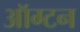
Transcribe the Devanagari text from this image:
ऑग्टन